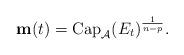
LaTeX: \begin{align*}\mathbf{m}(t)=\mbox{Cap}_{\mathcal{A}}(E_t)^{\frac{1}{n-p}}. \end{align*}